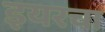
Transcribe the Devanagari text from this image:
इयरचा